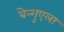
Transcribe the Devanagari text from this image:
बेन्गुएला